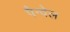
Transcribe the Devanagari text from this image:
पैन्वेल